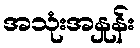
အသုံးအနှုန်း